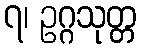
၇၊ ဥဂ္ဂသုတ္တ